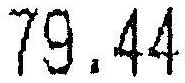
79.44